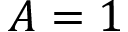
A = 1